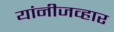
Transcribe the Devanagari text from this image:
यांनीजव्हार